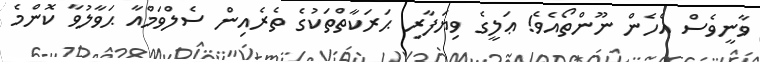
ވާނީވެސް އެހެން ނޫންތޯއެވެ! ޢަލީގެ ވިޔަފާރި ޙަރަކާތްތަކުގެ ތެެރެއިން ސެލްވަމްއާ ޙަވާލުވާ ކޮންމެ